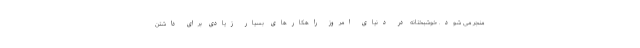
منجر می شود. خوشبختانه در دنیای امروز راهکارهای بسیار زیادی برای داشتن